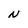
Character: N